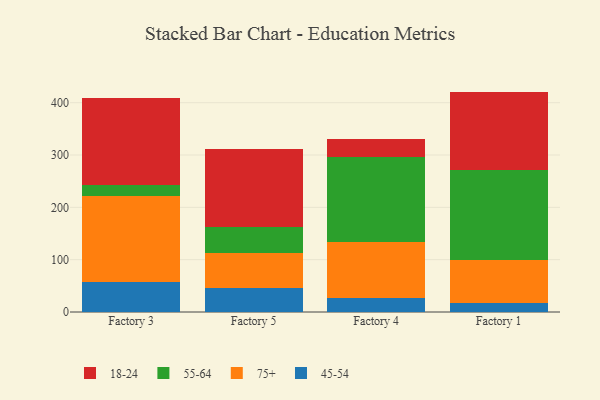
{"axis": {"x": "Factory", "y": "Churn Rate (%)"}, "legend": ["18-24", "45-54", "55-64", "75+"], "data": [{"x": "Factory 3", "y": 57.6, "type": "45-54"}, {"x": "Factory 3", "y": 165.0, "type": "75+"}, {"x": "Factory 3", "y": 19.4, "type": "55-64"}, {"x": "Factory 3", "y": 167.1, "type": "18-24"}, {"x": "Factory 5", "y": 45.4, "type": "45-54"}, {"x": "Factory 5", "y": 66.6, "type": "75+"}, {"x": "Factory 5", "y": 50.4, "type": "55-64"}, {"x": "Factory 5", "y": 148.2, "type": "18-24"}, {"x": "Factory 4", "y": 25.9, "type": "45-54"}, {"x": "Factory 4", "y": 108.3, "type": "75+"}, {"x": "Factory 4", "y": 161.8, "type": "55-64"}, {"x": "Factory 4", "y": 33.8, "type": "18-24"}, {"x": "Factory 1", "y": 17.3, "type": "45-54"}, {"x": "Factory 1", "y": 82.8, "type": "75+"}, {"x": "Factory 1", "y": 172.1, "type": "55-64"}, {"x": "Factory 1", "y": 149.0, "type": "18-24"}]}